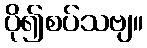
ပို၍စပ်သဗျ။